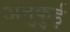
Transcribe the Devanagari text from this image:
अनुकुई